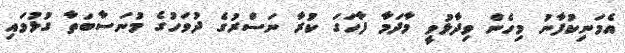
އެމަނިކުފާނު މިހެން ވިދާޅުވީ މާދަމާ ފާހަގަ ކުރާ ނަސްރުގެ ދުވަހުގެ މުނަސާބަތާ ގުޅުވައި